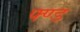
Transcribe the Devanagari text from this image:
फ्ण्ड